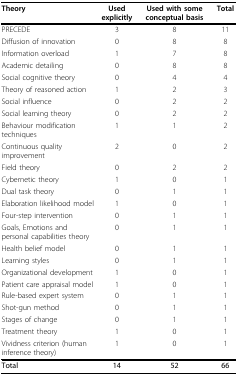
| Theory | Used explicitly | Used with some conceptual basis | Total |
 | --- | --- | --- | --- |
 | PRECEDE | 3 | 8 | 11 |
 | Diffusion of innovation | 0 | 8 | 8 |
 | Information overload | 1 | 7 | 8 |
 | Academic detailing | 0 | 8 | 8 |
 | Social cognitive theory | 0 | 4 | 4 |
 | Theory of reasoned action | 1 | 2 | 3 |
 | Social influence | 0 | 2 | 2 |
 | Social learning theory | 0 | 2 | 2 |
 | Behaviour modification techniques | 1 | 1 | 2 |
 | Continuous quality improvement | 2 | 0 | 2 |
 | Field theory | 0 | 2 | 2 |
 | Cybernetic theory | 1 | 0 | 1 |
 | Dual task theory | 0 | 1 | 1 |
 | Elaboration likelihood model | 1 | 0 | 1 |
 | Four-step intervention | 0 | 1 | 1 |
 | Goals, Emotions and personal capabilities theory | 0 | 1 | 1 |
 | Health belief model | 0 | 1 | 1 |
 | Learning styles | 0 | 1 | 1 |
 | Organizational development | 1 | 0 | 1 |
 | Patient care appraisal model | 1 | 0 | 1 |
 | Rule-based expert system | 0 | 1 | 1 |
 | Shot-gun method | 0 | 1 | 1 |
 | Stages of change | 0 | 1 | 1 |
 | Treatment theory | 1 | 0 | 1 |
 | Vividness criterion (human inference theory) | 1 | 0 | 1 |
 | Total | 14 | 52 | 66 |